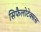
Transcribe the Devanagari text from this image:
सिफैलोटेक्सस